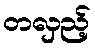
တလှည့်